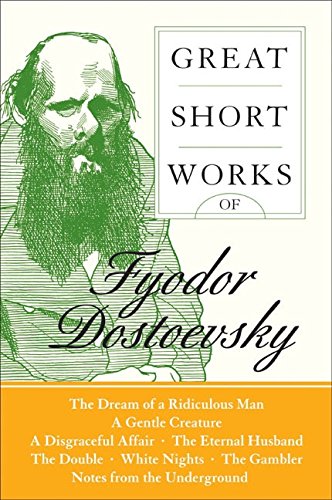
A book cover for Great Short Works of Fyodor Dostoevsky (Harper Perennial Modern Classics); Fyodor Dostoevsky; Literature & Fiction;